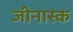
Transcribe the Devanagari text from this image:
जीनास्‍क